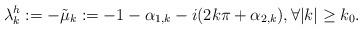
LaTeX: \begin{align*}\lambda^h_k:=-\tilde \mu_k:=-1-\alpha_{1,k}-i(2k\pi+\alpha_{2,k}), \forall |k| \geq k_0.\end{align*}